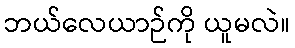
ဘယ်လေယာဉ်ကို ယူမလဲ။